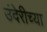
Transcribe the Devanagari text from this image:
उंदेरीच्या